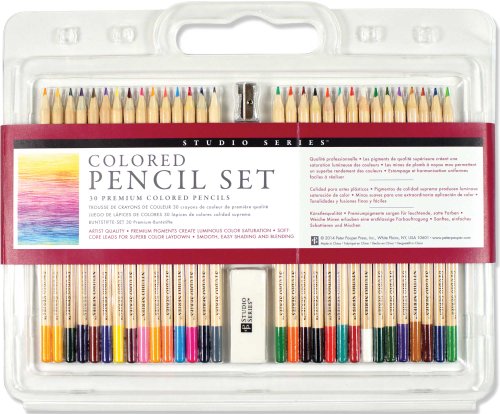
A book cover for Studio Series Colored Pencil Set (Set of 30) (Multilingual Edition); Peter Pauper Press; Arts & Photography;